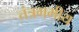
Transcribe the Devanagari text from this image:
तंत्रगमीय